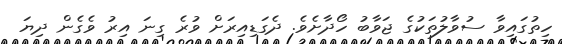
ހިތުގައިވާ ސުވާލުތަކުގެ ޖަވާބު ހޯދާށެވެ. ދެގަޑިއިރަށް ވުރެ ގިނަ އިރު ވެގެން ދިޔަ